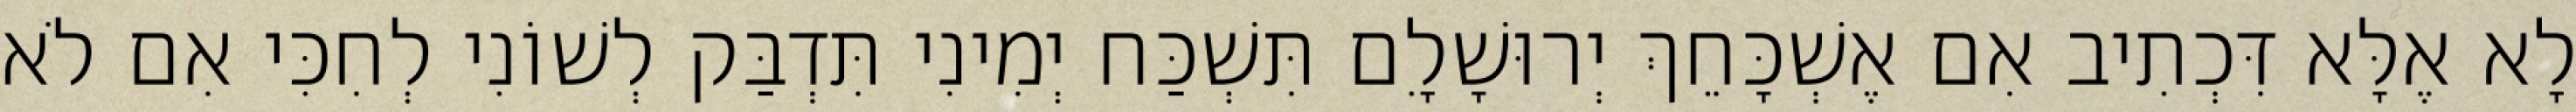
לָא אֶלָּא דִּכְתִיב אִם אֶשְׁכָּחֵךְ יְרוּשָׁלִָם תִּשְׁכַּח יְמִינִי תִּדְבַּק לְשׁוֹנִי לְחִכִּי אִם לֹא